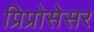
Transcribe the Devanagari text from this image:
प्रिप्रोसेसर